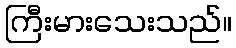
ကြီးမားသေးသည်။